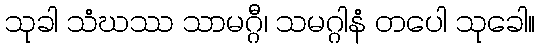
သုခါ သံဃဿ သာမဂ္ဂီ၊ သမဂ္ဂါနံ တပေါ သုခေါ။